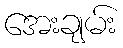
အေးချမ်း